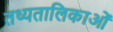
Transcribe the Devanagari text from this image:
तथ्यतालिकाओं